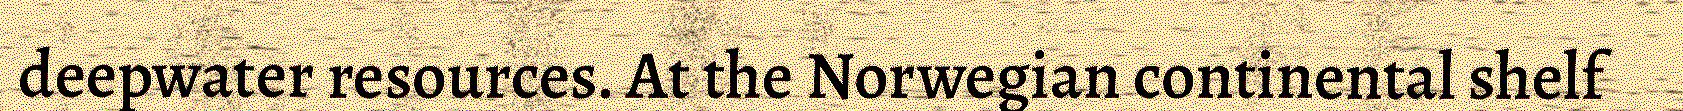
deepwater resources. At the Norwegian continental shelf